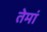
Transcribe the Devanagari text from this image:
तेमां